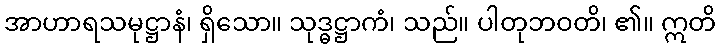
အာဟာရသမုဋ္ဌာနံ၊ ရှိသော။ သုဒ္ဓဋ္ဌာကံ၊ သည်။ ပါတုဘဝတိ၊ ၏။ ဣတိ